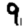
Digit: 9